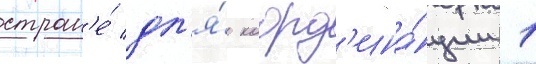
стран'е́ дл'я́ коорд'ина́ции 1